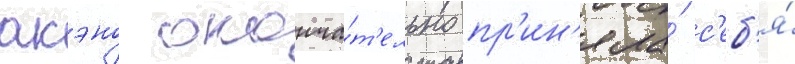
акэно оконча́т'ельно пр'ин'яла́ с'еб'я́